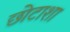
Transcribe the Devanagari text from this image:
छोटाशा